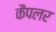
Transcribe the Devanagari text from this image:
कैपलर